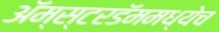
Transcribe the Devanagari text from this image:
अॅम्स्टरडॅममध्येच